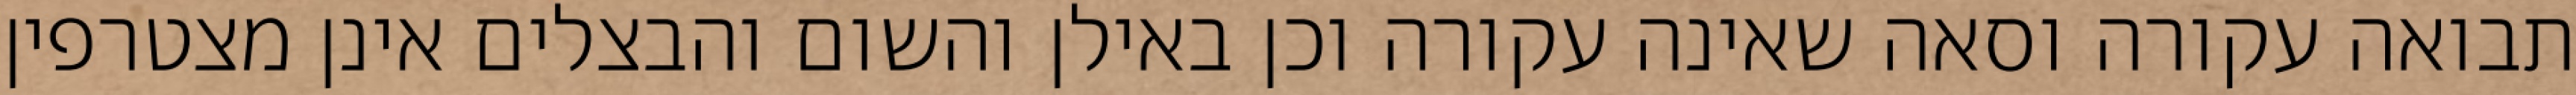
תבואה עקורה וסאה שאינה עקורה וכן באילן והשום והבצלים אינן מצטרפין